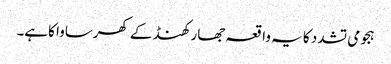
ہجومی تشدد کا یہ واقعہ جھارکھنڈ کے کھرساوا کاہے۔